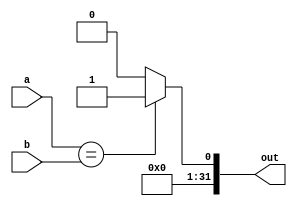
`timescale 1ns / 1ps

module equal(
    input [31:0] a,
    input [31:0] b,
    output [31:0] out
    );
    
    assign out = (a==b)?32'b1:32'b0;   
endmodule